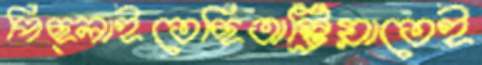
পিছ্‌লাইতেছিঅস্ট্রিয়াতেই